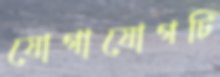
যোগাযোগটি